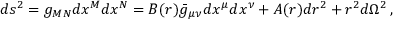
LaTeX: d s ^ { 2 } = g _ { M N } d x ^ { M } d x ^ { N } = B ( r ) \bar { g } _ { \mu \nu } d x ^ { \mu } d x ^ { \nu } + A ( r ) d r ^ { 2 } + r ^ { 2 } d \Omega ^ { 2 } \, ,